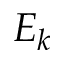
E _ { k }